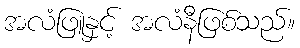
အလံဖြူနှင့် အလံနီဖြစ်သည်။